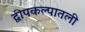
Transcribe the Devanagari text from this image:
द्वीपकल्पातली